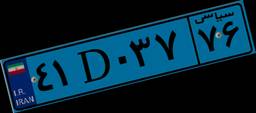
۴۱D۰۳۷۷۶